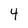
Character: 4